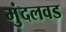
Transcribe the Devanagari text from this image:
मुंदलवड